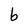
Character: b